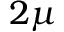
2 \mu